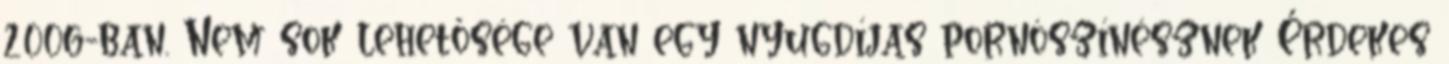
2006-ban. Nem sok lehetősége van egy nyugdíjas pornószínésznek Érdekes